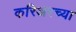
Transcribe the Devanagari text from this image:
करिअरच्या